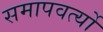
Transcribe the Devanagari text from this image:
समापवर्त्यो